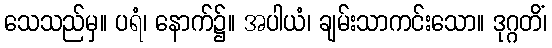
သေသည်မှ။ ပရံ၊ နောက်၌။ အပါယံ၊ ချမ်းသာကင်းသော။ ဒုဂ္ဂတိံ၊